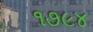
૧૭૯૪